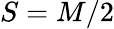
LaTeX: S=M/2